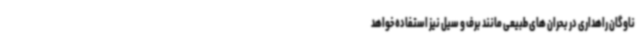
ناوگان راهداری در بحران های طبیعی مانند برف و سیل نیز استفاده خواهد